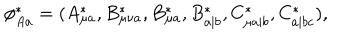
LaTeX: \phi _ { A a } ^ { \ast } = ( A _ { \mu a } ^ { \ast } , B _ { \mu \nu a } ^ { \ast } , B _ { \mu a } ^ { \ast } , B _ { a | b } ^ { \ast } , C _ { \mu a | b } ^ { \ast } , C _ { a | b c } ^ { \ast } ) ,